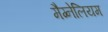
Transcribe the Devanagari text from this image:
मैग्नेलियम